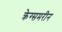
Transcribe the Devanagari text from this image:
क्रेग्समरीन